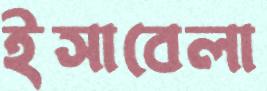
ইসাবেলা